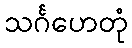
သင်္ဂဟေတုံ